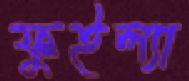
ফুইল্যা